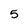
Character: 5